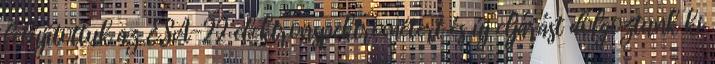
felújítottuk az ESA-22 elektronspektrométert és új eljárást dolgoztunk ki